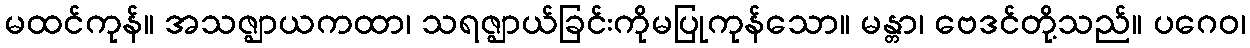
မထင်ကုန်။ အသဇ္ဈာယကထာ၊ သရဇ္ဈာယ်ခြင်းကိုမပြုကုန်သော။ မန္တာ၊ ဗေဒင်တို့သည်။ ပဂေဝ၊